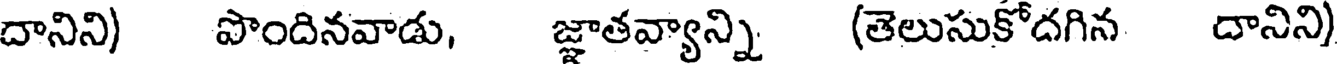
దానిని) పొందినవాడు, జ్ఞాతవ్యాన్ని (తెలుసుకోదగిన దానిని)